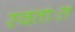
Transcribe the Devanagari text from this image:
स्वताःत